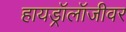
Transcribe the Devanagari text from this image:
हायड्रॉलॉजीवर